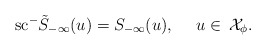
\begin{align*} \mathrm{sc}^{-}\tilde{S}_{-\infty}(u)=S_{-\infty}(u),\ \ \ \ u \in\,\mathcal{X}_\phi.\end{align*}